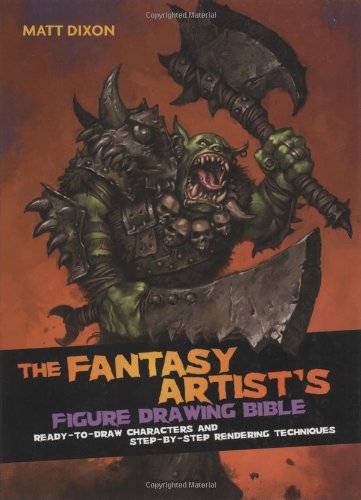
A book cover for Fantasy Artist's Figure Drawing Bible: Ready-to-Draw Characters and Step-by-Step Rendering Techniques; Matt Dixon; Arts & Photography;